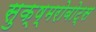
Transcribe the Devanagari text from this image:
सुक्ष्मरोबोट्स